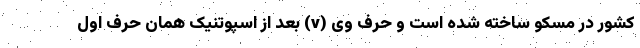
کشور در مسکو ساخته شده است و حرف وی (v) بعد از اسپوتنیک همان حرف اول